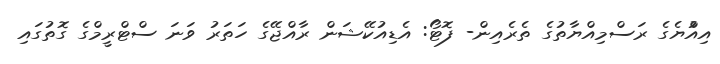
އިއްުޔެގެ ރަސްމިއްޔާތުގެ ތެރެއިން- ފޮޓޯ: އެޑިއުކޭޝަން ރާއްޖޭގެ ހަތަރު ވަނަ ސްޓްރީމްގެ ގޮތުގައި